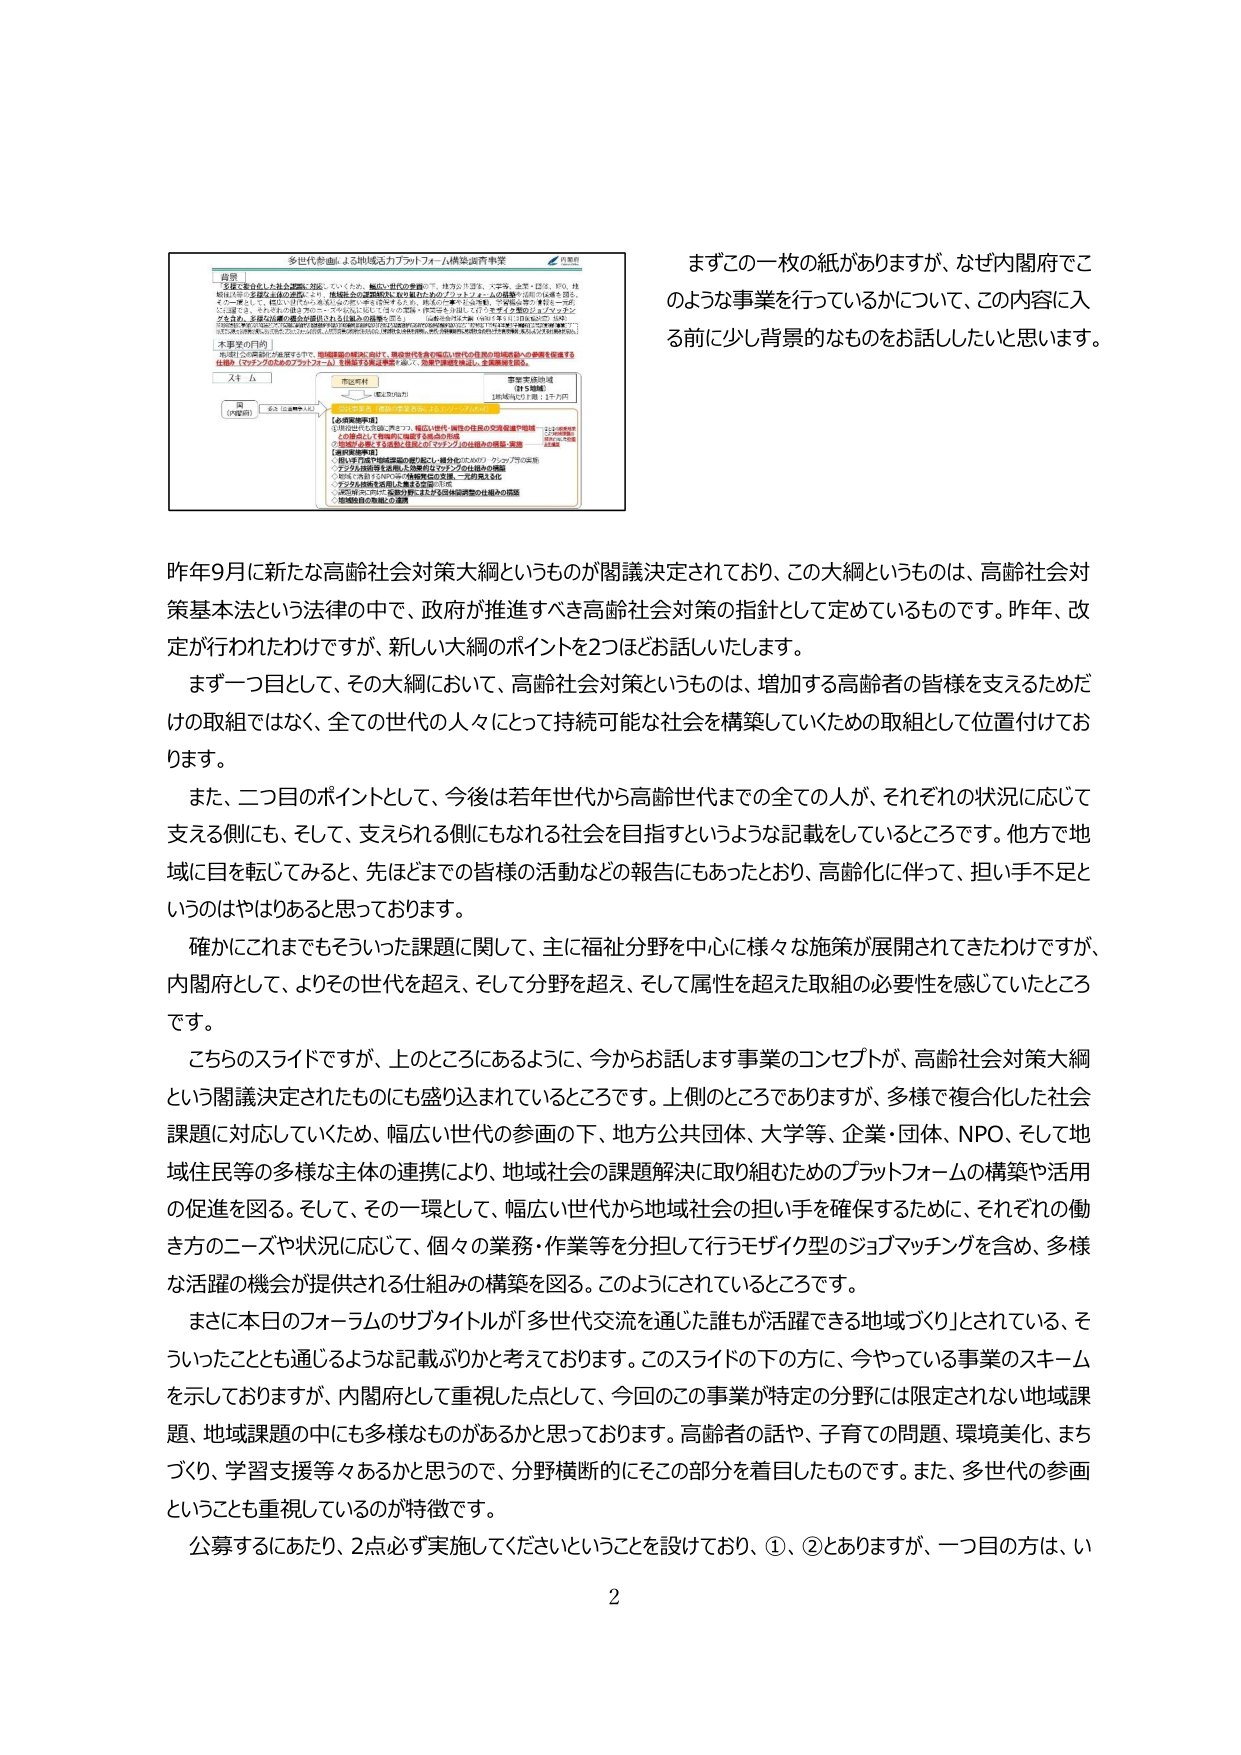
まずこの一枚の紙がありますが、なぜ内閣府でこのような事業を行っているかについて、この内容に入る前に少し背景的なものをお話ししたいと思います。

多世代参画による地域活力プラットフォーム構築実証事業
内閣府

背景
多様で複合化した社会課題に対応していくため、幅広い世代の参画の下、地方公共団体、大学等、企業・団体、NPO、地域住民等の多様な主体の連携により、地域社会の課題解決に取り組むためのプラットフォームの構築や活用を促進を図る。その一環として、幅広い世代から地域社会の担い手を確保するため、それぞれの働き方のニーズや状況に応じて、個々の業務・作業等を分担して行うモザイク型のジョブマッチングを含め、多様な活躍の機会が提供される仕組みの構築を図る。

本事業の目的
地域社会の課題解決に取り組むための、地域課題の解決に向けた、関係者代表者の幅広い世代の連携の地域活動への参画を促進する仕組み（マッチングのためのプラットフォーム）を構築する実証事業である。今後、全国で展開を想定し、全国展開を図る。

ステップ
① 企画提案
② 事業実証地域（計5地域）
1地域当たり2団体、計10団体
③ 事業実施（地域の事業者等による事業の実施）
【企画提案事業】
① 地域住民の交流会の開催（例：幅広い世代・職種の住民の交流会等や地域との連携として地域内に輪を広げる機会の作成）
② 地域の課題である高齢者支援などのマッチングの仕組みの構築・実施
【事業実証事業】
① 地域住民や地域課題の解決に取り組む住民（住民の）グループの活用
② デジタル技術等を活用した効率的なマッチングの仕組みの構築
③ 地域の高齢者支援の仕組みの構築を支援し、実証事業を実施
④ デジタル技術を活用した事業の実証（1年）
⑤ 地域住民のニーズや状況に応じた業務・作業等の分担や仕組みの構築
⑥ 地域独自の取組への連携

昨年9月に新たな高齢社会対策大綱というものが閣議決定されており、この大綱というものは、高齢社会対策基本法という法律の中で、政府が推進すべき高齢社会対策の指針として定めているものです。昨年、改定が行われたわけですが、新しい大綱のポイントを2つほどお話しいたします。

まず一つ目として、その大綱において、高齢社会対策というものは、増加する高齢者の皆様を支えるためだけの取組ではなく、全ての世代の人々にとって持続可能な社会を構築していくための取組として位置付けております。

また、二つ目のポイントとして、今後は若年世代から高齢世代までの全ての人が、それぞれの状況に応じて支える側にも、そして、支えられる側にもなれる社会を目指すというような記載をしているところです。他方で地域に目を転じてみると、先ほどまでの皆様の活動などの報告にもあったとおり、高齢化に伴って、担い手不足というのはやはりあると思っております。

確かにこれまでにもそういった課題に関して、主に福祉分野を中心に様々な施策が展開されてきたわけですが、内閣府として、よりその世代を超え、そして分野を超え、そして属性を超えた取組の必要性を感じていたところです。

こちらのスライドですが、上のところにあるように、今からお話します事業のコンセプトが、高齢社会対策大綱という閣議決定されたものにも盛り込まれているところです。上側のところでありますが、多様で複合化した社会課題に対応していくため、幅広い世代の参画の下、地方公共団体、大学等、企業・団体、NPO、そして地域住民等の多様な主体の連携により、地域社会の課題解決に取り組むためのプラットフォームの構築や活用の促進を図る。そして、その一環として、幅広い世代から地域社会の担い手を確保するために、それぞれの働き方のニーズや状況に応じて、個々の業務・作業等を分担して行うモザイク型のジョブマッチングを含め、多様な活躍の機会が提供される仕組みの構築を図る。このようにされているところです。

まさに本日のフォーラムのサブタイトルが「多世代交流を通じた誰もが活躍できる地域づくり」とされている、そういったこととも通じるような記載ぶりかと考えております。このスライドの下の方に、今やっている事業のスキームを示しておりますが、内閣府として重視した点として、今回のこの事業が特定の分野には限定されない地域課題、地域課題の中にも多様なものがあるかと思っております。高齢者の話や、子育ての問題、環境美化、まちづくり、学習支援等々あるかと思うので、分野横断的にそこの部分を着目したものです。また、多世代の参画ということも重視しているのが特徴です。

公募するにあたり、2点必ず実施してくださいということを設けており、①、②とありますが、一つ目の方は、い

2